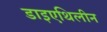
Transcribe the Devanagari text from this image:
डाइएथिलीन